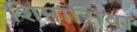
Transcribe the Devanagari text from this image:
शिमासिवा